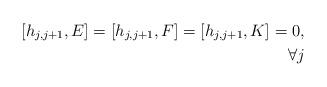
LaTeX: \begin{align*}[h_{j,j+1}, E] = [h_{j,j+1}, F] = [h_{j,j+1}, K] = 0, \\\forall j \end{align*}